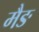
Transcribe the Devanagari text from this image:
मैङ